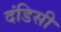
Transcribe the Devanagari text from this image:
दंडिसी